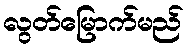
လွတ်မြောက်မည်